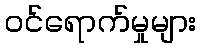
ဝင်ရောက်မှုများ